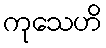
ကုသေဟိ